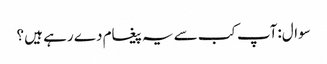
سوال:آپ کب سے یہ پیغام دے رہے ہیں ؟